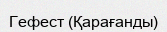
Гефест (Қарағанды)